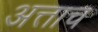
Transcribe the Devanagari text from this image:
अत्ताच